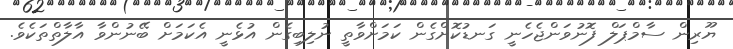
ޔޫރިން ސާމްޕަލް ފޮނުވަންޖެހެނީ ގަނޑުކޮށްގެން ކަމަށްވާތީ ނުލިބިގެން އުޅެނީ އެކަމަށް ބޭނުންވާ އާލާތްތަކެވެ.